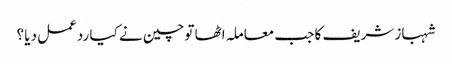
شہباز شریف کا جب معاملہ اٹھا تو چین نے کیا ردعمل دیا ؟